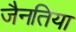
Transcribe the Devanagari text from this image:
जैनतिया